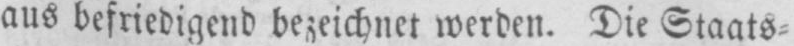
aus befriedigend bezeichnet werden. Die Staats⸗